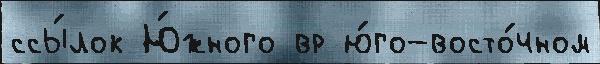
ссы́лок Ю́жного вр ю́го-восто́чном